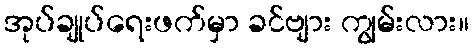
အုပ်ချုပ်ရေးဖက်မှာ ခင်ဗျား ကျွမ်းလား။